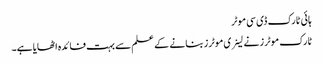
ہائی ٹارک ڈی سی موٹر
ٹارک موٹرز نے لینری موٹرز بنانے کے علم سے بہت فائدہ اٹھایا ہے۔